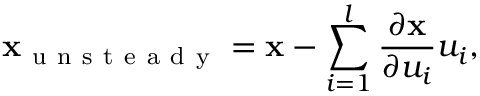
\mathbf { x } _ { \mathrm { ~ u ~ n ~ s ~ t ~ e ~ a ~ d ~ y ~ } } = \mathbf { x } - \sum _ { i = 1 } ^ { l } \frac { \partial \mathbf { x } } { \partial u _ { i } } u _ { i } ,